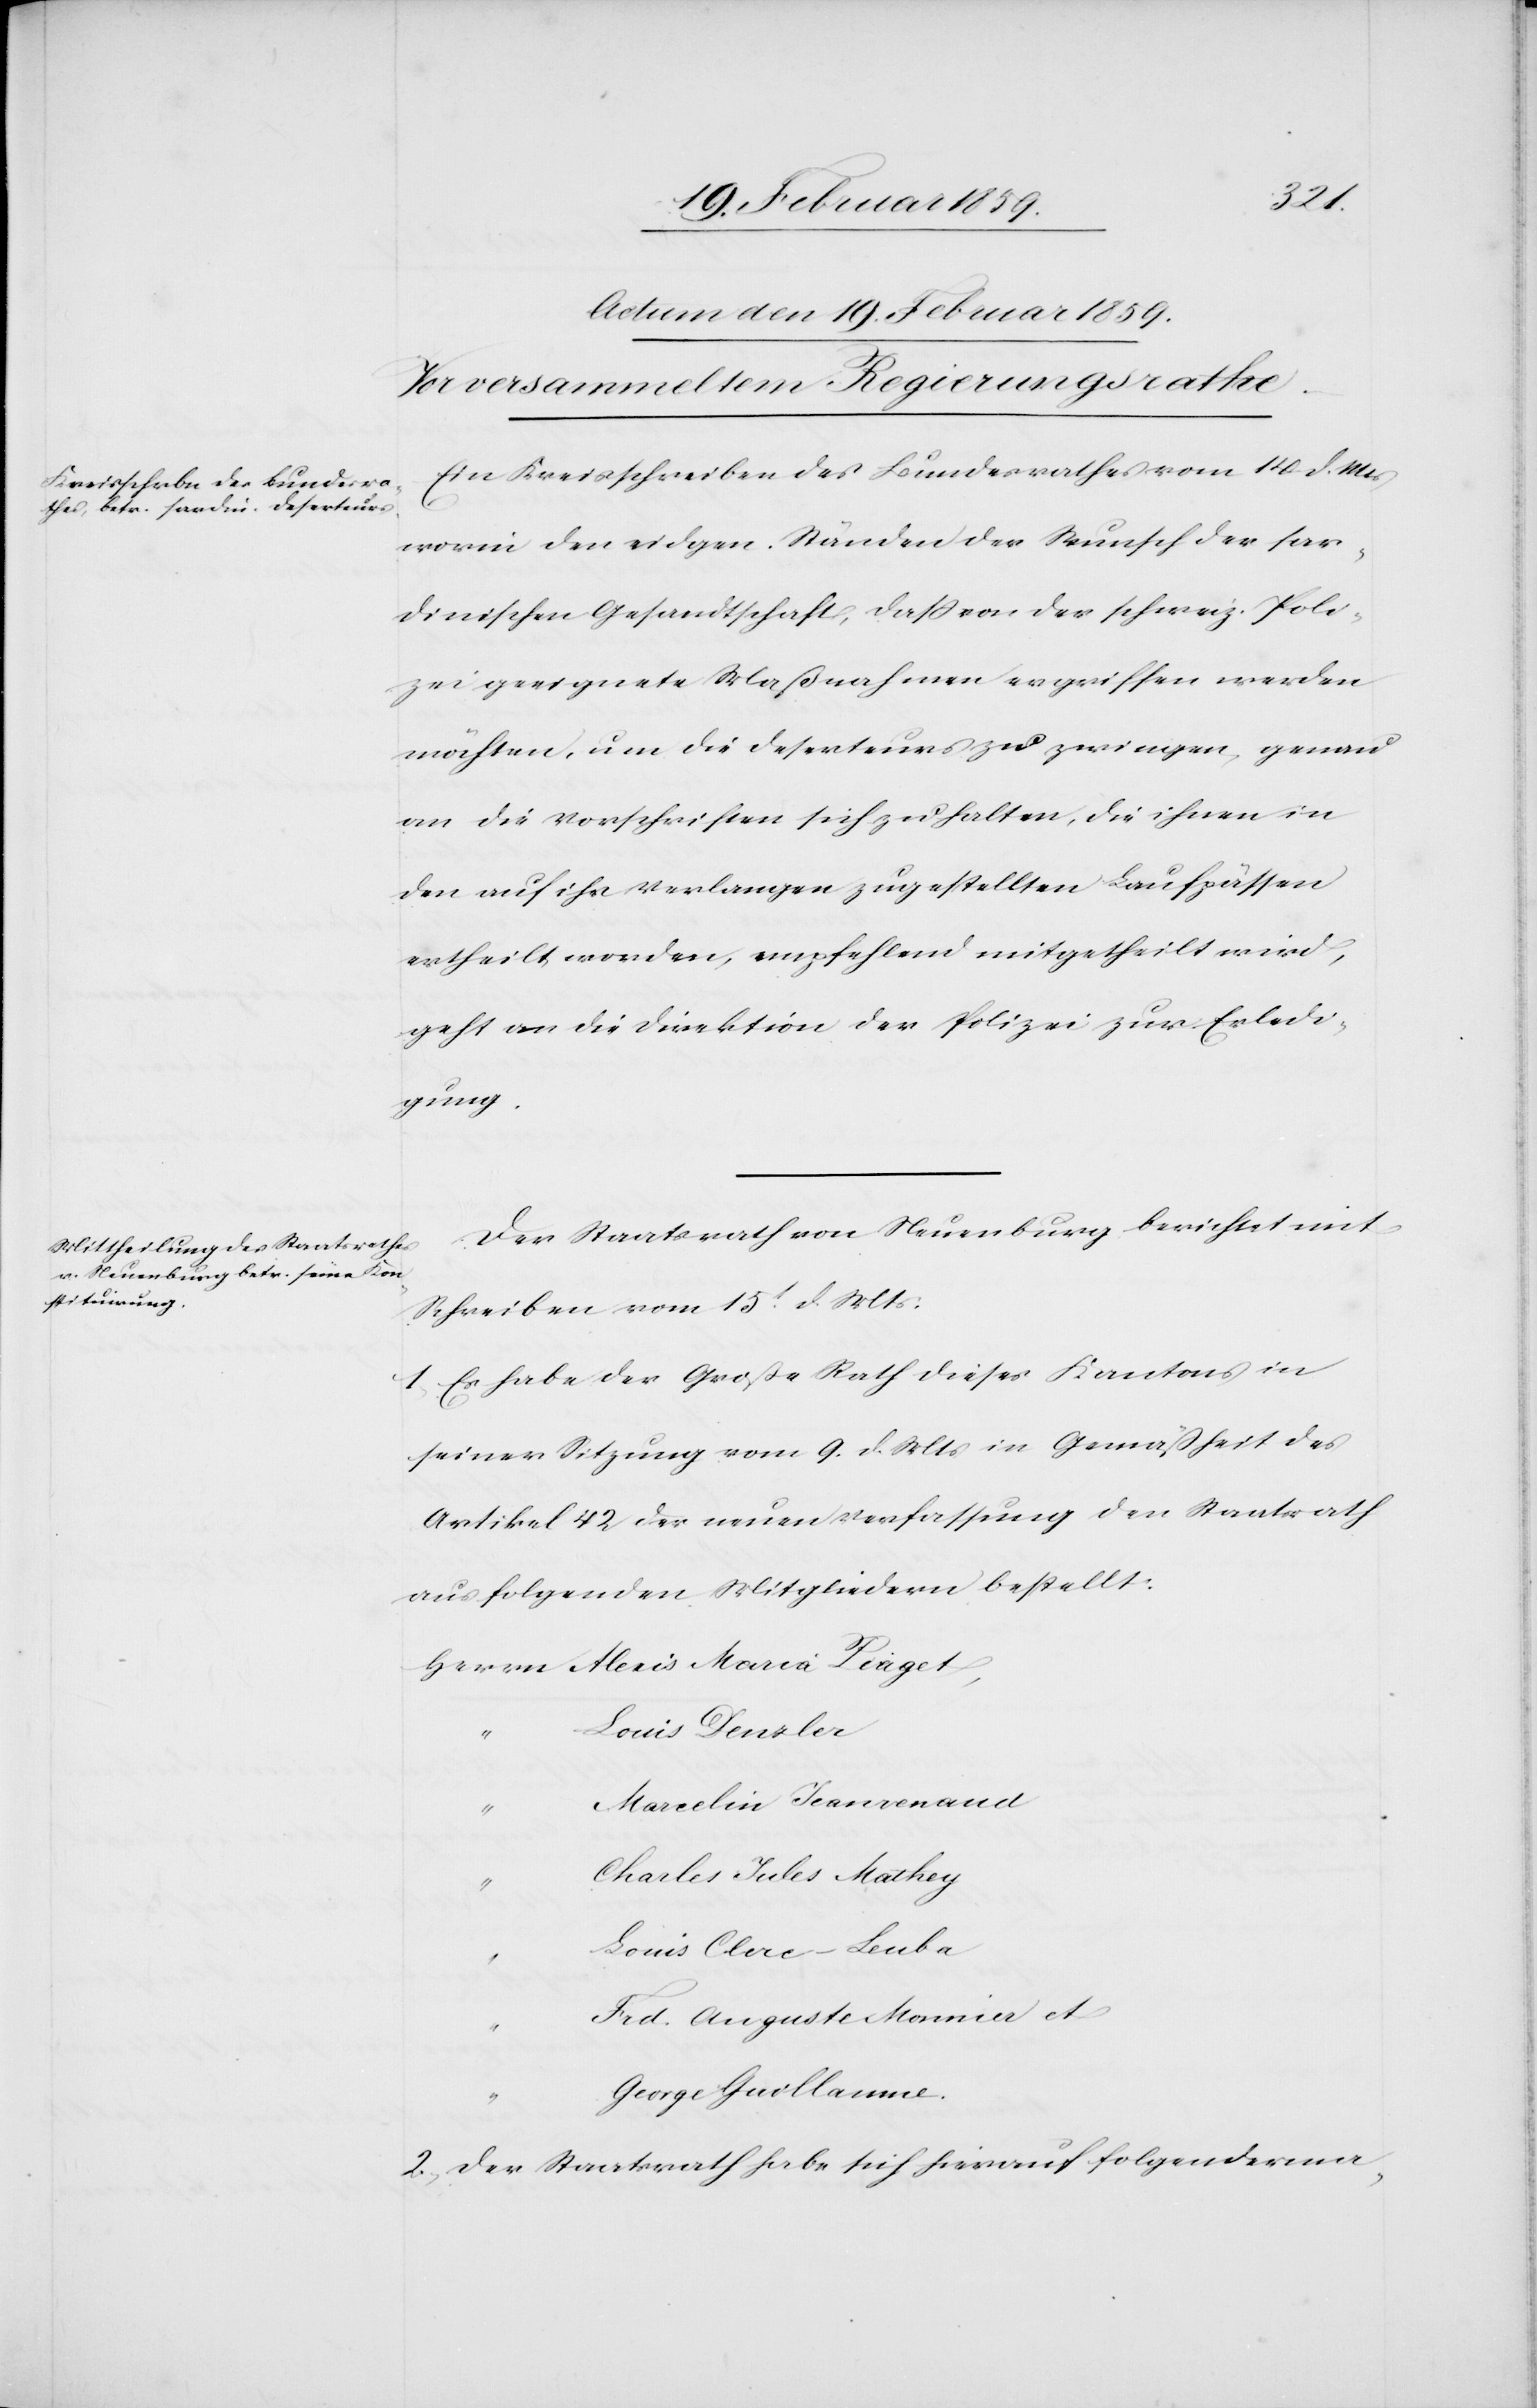
Piaget,
Ein Kreisschreiben des Bundesrathes vom 14. d. Mts
worin den eidgen. Ständen der Wunsch der sar¬
dinischen Gesandtschaft, daß von der schweiz. Poli¬
zei geeignete Maßnahmen ergriffen werden
möchten, um die Deserteurs zu zwingen, genau
an die Vorschriften sich zu halten, die ihnen in
den auf ihr Verlangen zugestellten Laufpässen
ertheilt worden, empfehlend mitgetheilt wird,
geht an die Direktion der Polizei zur Erledi¬
gung.
Der Staatsrath von Neuenburg berichtet mit
Schreiben vom 15t. d. Mts:
1, Es habe der Große Rath dieses Kantons in
seiner Sitzung vom 9. d. Mts in Gemäßheit des
Artikel 42 der neuen Verfassung den Staatsrath
aus folgenden Mitgliedern bestellt:
Louis Denzler
“
Marcelin Jeanrenaud
“
Charles Jules Mathey
“
Louis Clerc-Leuba
Frd. Auguste Monnier et
George Guillaume.
2, Der Staatsrath habe sich hierauf folgenderma-